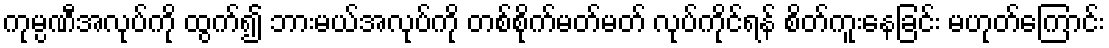
ကုမ္ပဏီအလုပ်ကို ထွက်၍ ဘားမယ်အလုပ်ကို တစ်စိုက်မတ်မတ် လုပ်ကိုင်ရန် စိတ်ကူးနေခြင်း မဟုတ်ကြောင်း